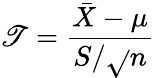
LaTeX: \mathscr{T}={\frac{{{\bar{{X}}}-\mu}}{{S/{\sqrt{}{{n}}}}}}